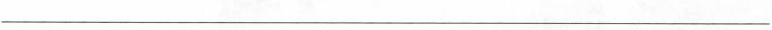
___